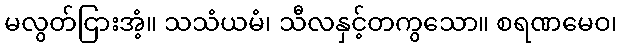
မလွတ်ငြားအံ့။ သသံယမံ၊ သီလနှင့်တကွသော။ စရဏမေဝ၊